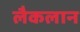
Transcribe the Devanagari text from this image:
लैकलान